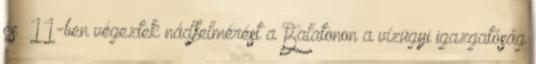
és ’11-ben végeztek nádfelmérést a Balatonon a vízügyi igazgatóság